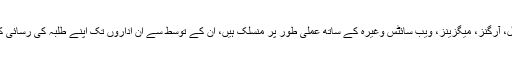
جو احباب مختلف اخبارات، رسائل، آرگنز، میگزینز، ویب سائٹس وغیرہ کے ساتھ عملی طور پر منسلک ہیں، ان کے توسط سے ان اداروں تک اپنے طلبہ کی رسائی کے لیے ان کی مدد کرنی چاہیے۔